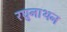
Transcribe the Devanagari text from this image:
रघुनाथन